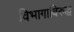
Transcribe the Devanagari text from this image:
विभागाविरुद्ध